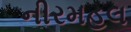
નીરમહલ